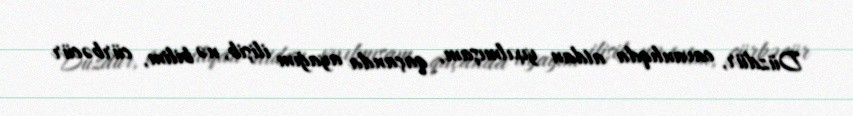
Düzdür, cavanlıqda atdan yıxılmışam, qaçanda ayağım ilişib, nə bilim, cürbəcür